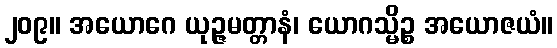
၂၀၉။ အယောဂေ ယုဉ္ဇမတ္တာနံ၊ ယောဂသ္မိဉ္စ အယောဇယံ။